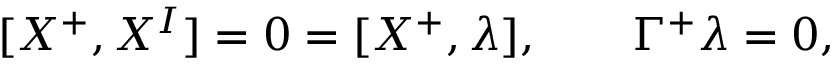
[ X ^ { + } , X ^ { I } ] = 0 = [ X ^ { + } , \lambda ] , \qquad \Gamma ^ { + } \lambda = 0 ,